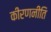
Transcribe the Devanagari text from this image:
कीरणनीति